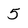
Character: 5